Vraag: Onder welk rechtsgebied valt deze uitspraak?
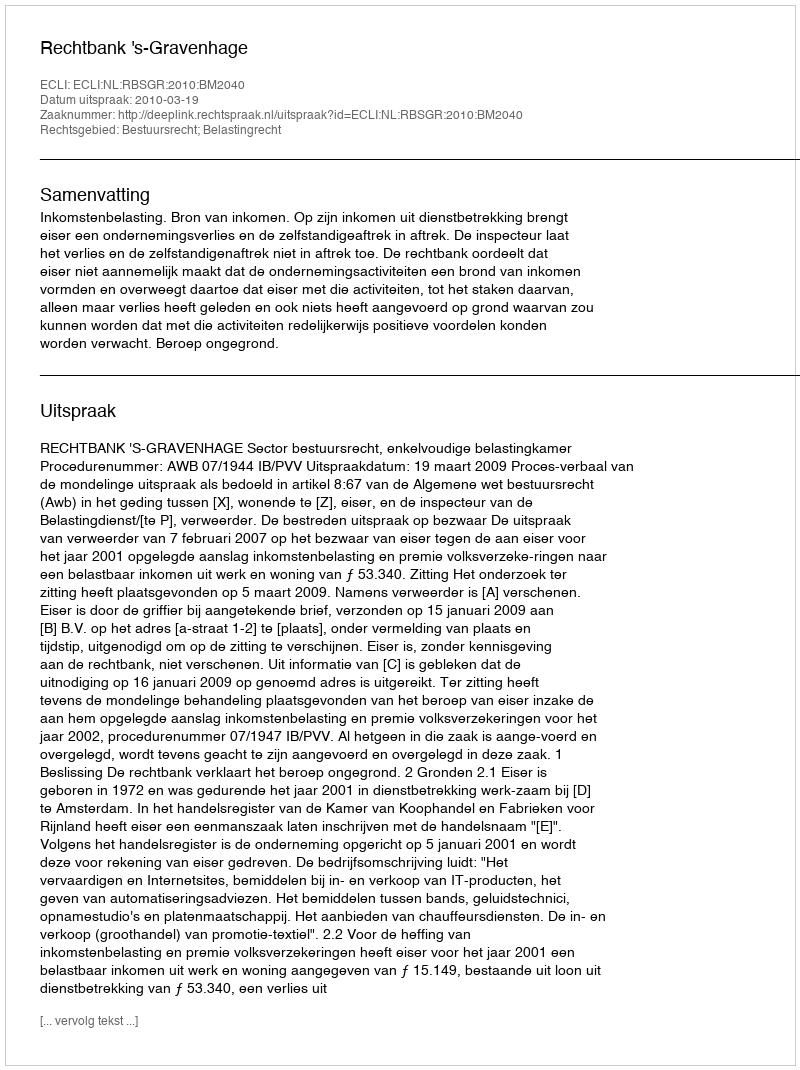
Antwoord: Bestuursrecht; Belastingrecht